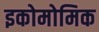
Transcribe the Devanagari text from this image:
इकोमोमिक